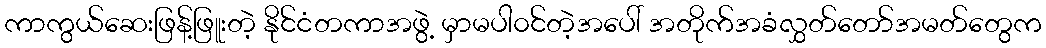
ကာကွယ်ဆေးဖြန့်ဖြူးတဲ့ နိုင်ငံတကာအဖွဲ့ မှာမပါ၀င်တဲ့အပေါ် အတိုက်အခံလွှတ်တော်အမတ်တွေက